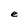
Character: e